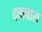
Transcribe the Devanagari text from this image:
दबावास